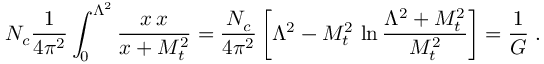
N _ { c } { \frac { 1 } { 4 \pi ^ { 2 } } } \int _ { 0 } ^ { \Lambda ^ { 2 } } { \frac { x \, \d x } { x + M _ { t } ^ { 2 } } } = { \frac { N _ { c } } { 4 \pi ^ { 2 } } } \left[ \Lambda ^ { 2 } - M _ { t } ^ { 2 } \, \ln { \frac { \Lambda ^ { 2 } + M _ { t } ^ { 2 } } { M _ { t } ^ { 2 } } } \right] = { \frac { 1 } { G } } \; .